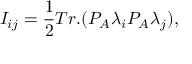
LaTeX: I _ { i j } = { \frac { 1 } { 2 } } T r . ( P _ { A } \lambda _ { i } P _ { A } \lambda _ { j } ) ,